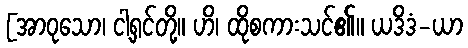
[အာဝုသော၊ ငါ့ရှင်တို့။ ဟိ၊ ထိုစကားသင်၏။ ယဒိဒံ-ယာ